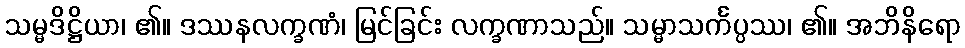
သမ္မဒိဋ္ဌိယာ၊ ၏။ ဒဿနလက္ခဏံ၊ မြင်ခြင်း လက္ခဏာသည်။ သမ္မာသင်္ကပ္ပဿ၊ ၏။ အဘိနိရော